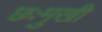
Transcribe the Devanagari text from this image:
छःमुखी